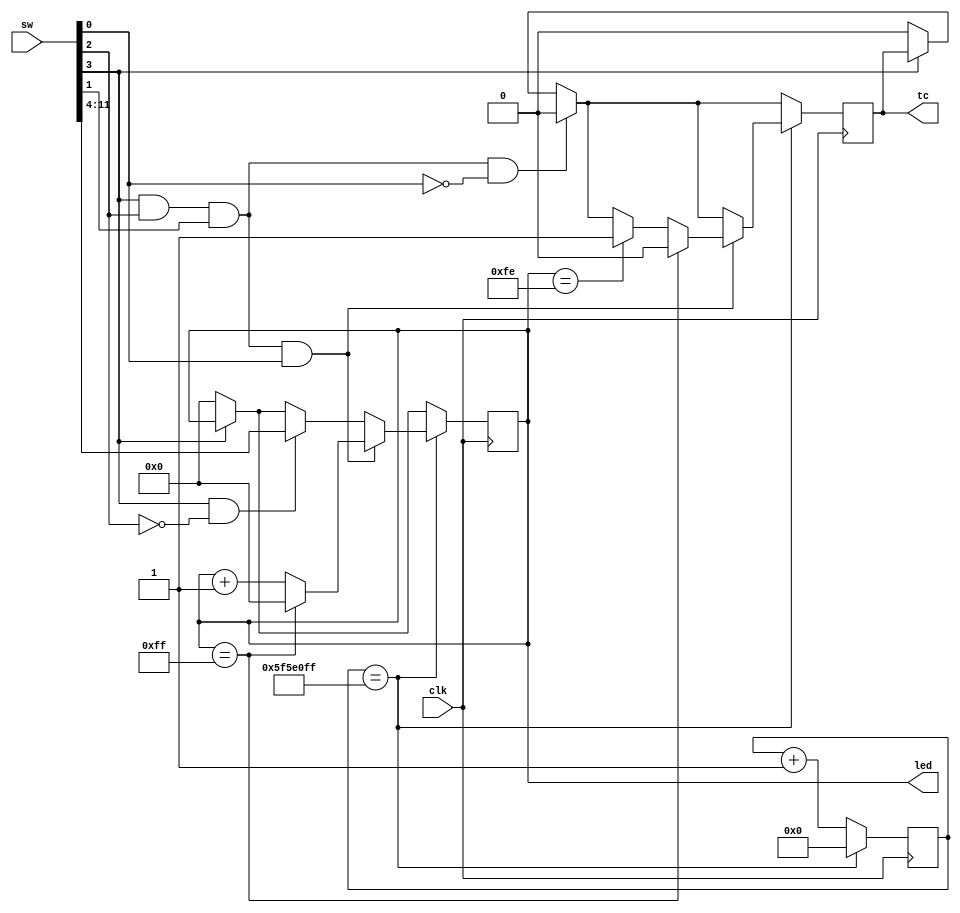
`timescale 1ns / 1ps
//////////////////////////////////////////////////////////////////////////////////
// Company: 
// Engineer: 
// 
// Design Name: 
// Module Name: add
// Project Name: 
// Target Devices: 
// Tool Versions: 
// Description: 
// 
// Dependencies: 
// 
// Revision:
// Revision 0.01 - File Created
// Additional Comments:
// 
//////////////////////////////////////////////////////////////////////////////////


module add(
    input clk,
    input [11:0] sw,
    output reg [7:0] led,
    output reg tc
    );
    reg [26:0] count;
    always@(posedge clk)
    begin
        if(sw[3]==0)
        begin
            tc <= 0;
            led <= 8'b0000_0000;
        end
        else;
        if(sw[3]==1 && sw[2]==1 && sw[1]==0);
        if(sw[3]==1 && sw[2]==1 && sw[1]==1 && sw[0]==0)
            tc <= 0;
        else;
        if(count == 99999999)
        begin
            count <= 0;
            if(sw[3]==1 && sw[2]==0)
            led <= sw[11:4];
            else;
            if(sw[3]==1 && sw[2]==1 && sw[1]==1 && sw[0]==1)
            begin
                if(led == 8'b1111_1111)
                begin
                    led <= 8'b0;
                    tc <= 0;
                end
                else
                    if(led == 8'b1111_1110)
                    begin
                        led <= led+1;
                        tc <= 1;
                    end
                    else
                        led <= led+1;                
            end
        end
        else
            count <= count+1;
    end
endmodule